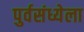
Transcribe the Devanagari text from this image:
पुर्वसंध्येला